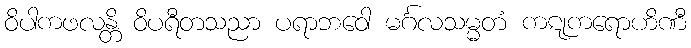
ဝိပါကဖလန္တိ ဝိပရီတသညာ ပရာဘဝေါ မင်္ဂလသမ္မတံ ကဋုကရောဟိဏီ